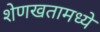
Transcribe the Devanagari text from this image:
शेणखतामध्ये